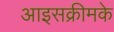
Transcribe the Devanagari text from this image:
आइसक्रीमके